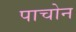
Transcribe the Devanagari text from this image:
पाचोन